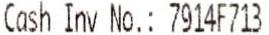
CASH INV NO.: 7914F713